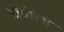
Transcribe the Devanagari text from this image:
डोग्रीला